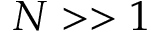
N > > 1